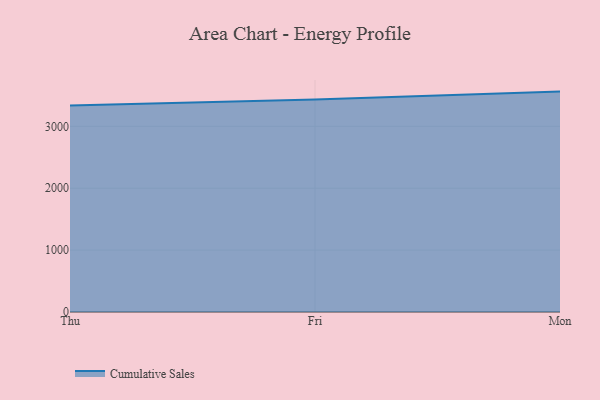
{"axis": {"x": "Day", "y": "Energy Usage (MWh)"}, "legend": ["Cumulative Sales"], "data": [{"x": "Thu", "y": 3335.1, "type": "Cumulative Sales"}, {"x": "Fri", "y": 3432.3, "type": "Cumulative Sales"}, {"x": "Mon", "y": 3561.3, "type": "Cumulative Sales"}]}